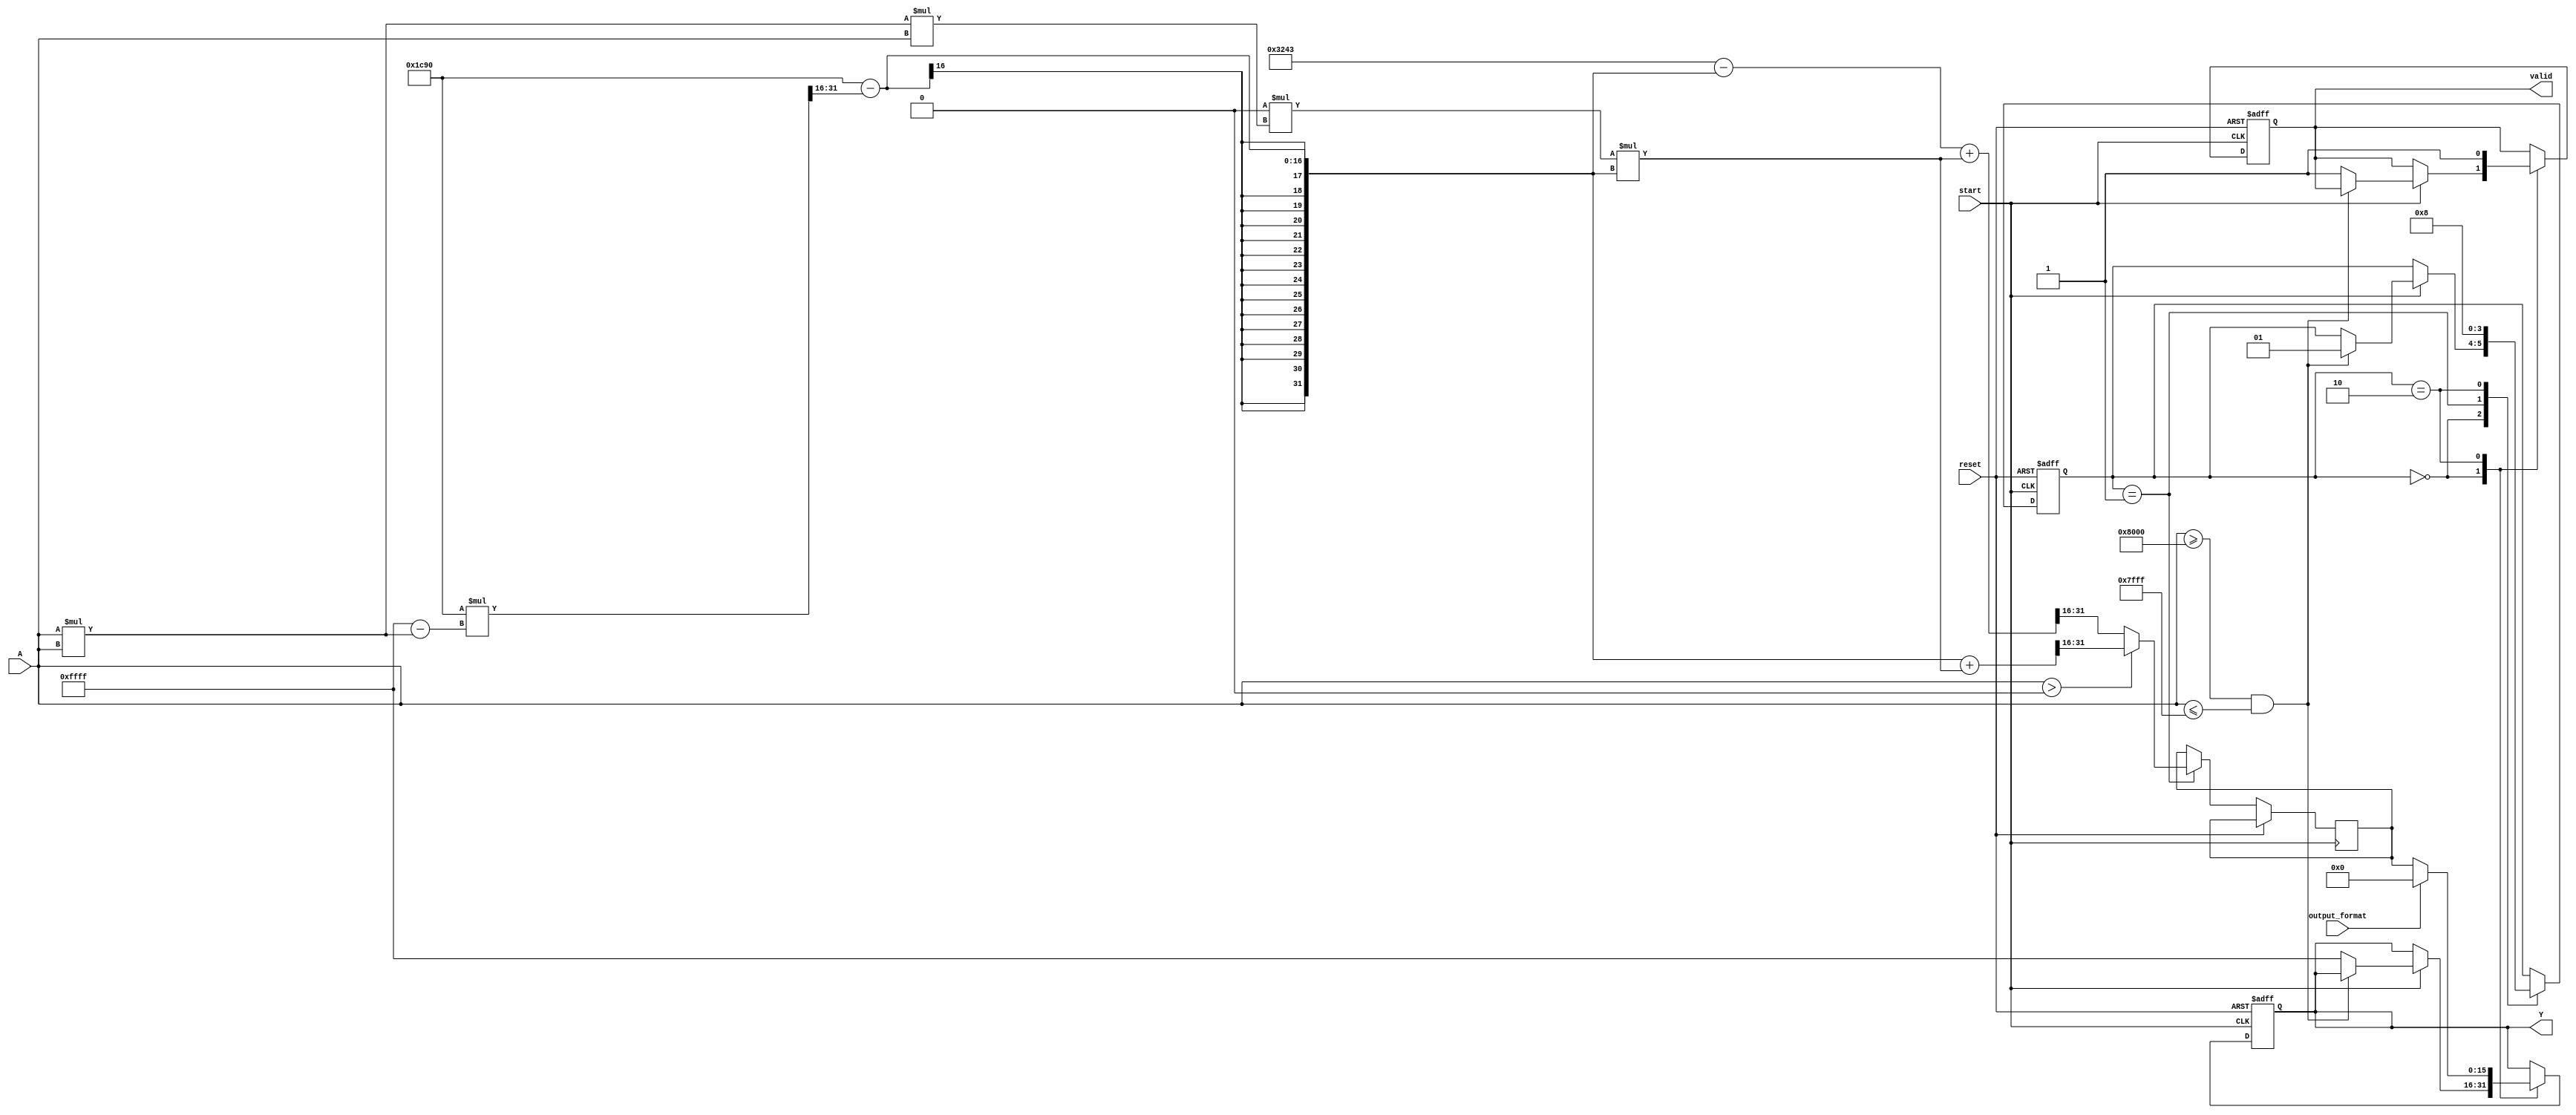
module acos_block (
    input  wire [15:0] A,        // 16-bit fixed-point input (range -1 to 1)
    input  wire start,            // Control signal to start computation
    input  wire reset,            // Control signal to reset the module
    input  wire output_format,     // Control signal: 0 for radians, 1 for degrees
    output reg  [15:0] Y,         // 16-bit fixed-point output (angle)
    output reg  valid              // Output valid signal
);

// Constants
parameter PI = 16'h3243;       // Approximation of pi (3.14159 in 16-bit fixed-point)
parameter PI_OVER_2 = 16'h1C90; // Approximation of pi/2 (1.57079 in 16-bit fixed-point)

// Internal signals
reg [15:0] acos_res;            // Result of acos computation
reg [1:0] state;                // FSM state

// State encoding
parameter IDLE = 2'b00;
parameter COMPUTE = 2'b01;
parameter OUTPUT = 2'b10;

// Polynomial approximation coefficients for acos(x) around x=0
// This is a simple 3rd degree polynomial approximation
function [15:0] acos_approx;
    input [15:0] x;
    begin
        // acos(x)  /2 - sqrt(1-x^2) + (1/6)*(x^3)*(/2 - sqrt(1-x^2))
        // Note: Adjust coefficients based on desired precision
        if (x > 16'h0) begin
            acos_approx = PI_OVER_2 - (16'h1C90 * (16'h0FFFF - x*x) >> 16) + (1/6 * (x*x*x) * (PI_OVER_2 - (16'h1C90 * (16'h0FFFF - x*x) >> 16))) >> 16;
        end else begin
            acos_approx = PI - (PI_OVER_2 - (16'h1C90 * (16'h0FFFF - x*x) >> 16)) + (1/6 * (x*x*x) * (PI_OVER_2 - (16'h1C90 * (16'h0FFFF - x*x) >> 16))) >> 16;
        end
    end
endfunction

// FSM for controlling the computation
always @(posedge start or posedge reset) begin
    if (reset) begin
        state <= IDLE;
        valid <= 0;
        Y <= 0;
    end else begin
        case (state)
            IDLE: begin
                if (start) begin
                    // Validate input range
                    if (A >= 16'h8000 && A <= 16'h7FFF) begin // Check if A is in [-1, 1]
                        state <= COMPUTE;
                    end else begin
                        // Invalid input
                        Y <= 16'hFFFF; // Error signal
                        valid <= 1;
                    end
                end
            end
            COMPUTE: begin
                acos_res <= acos_approx(A);
                state <= OUTPUT;
            end
            OUTPUT: begin
                // Convert to degrees if required
                if (output_format) begin
                    Y <= (acos_res * 16'h0B6D) >> 16; // Convert to degrees (Y = radians * 180/pi)
                end else begin
                    Y <= acos_res; // Radians output
                end
                valid <= 1;
                state <= IDLE; // Go back to IDLE
            end
        endcase
    end
end

endmodule